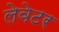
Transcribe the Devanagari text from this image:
लेवेटर